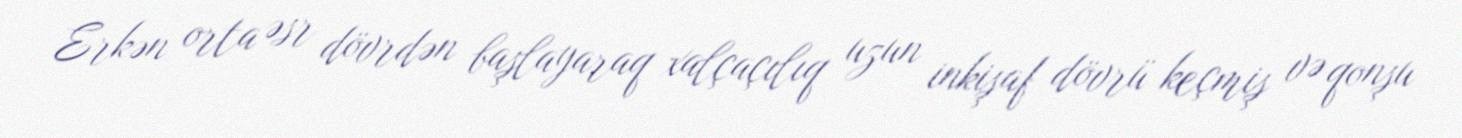
Erkən orta əsr dövrdən başlayaraq xalçaçılıq uzun inkişaf dövrü keçmiş və qonşu